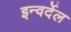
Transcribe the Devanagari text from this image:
इन्वर्देल